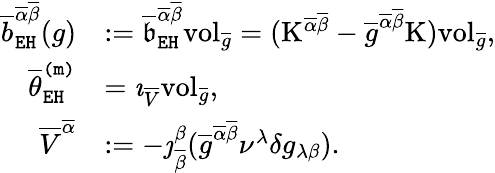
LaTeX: \begin{array}{rl}{\overline{{b}}_{\mathtt{EH}}^{\overline{{\alpha}}\overline{{\beta}}}(g)}&{:=\overline{{\mathfrak{b}}}_{\mathtt{EH}}^{\overline{{\alpha}}\overline{{\beta}}}\mathrm{vol}_{\overline{{g}}}=(\mathrm{K}^{\overline{{\alpha}}\overline{{\beta}}}-\overline{{g}}^{\overline{{\alpha}}\overline{{\beta}}}\mathrm{K})\mathrm{vol}_{\overline{{g}}},}\\ {\overline{{\theta}}_{\mathtt{EH}}^{\mathtt{(m)}}}&{=\imath_{\overline{{V}}}\mathrm{vol}_{\overline{{g}}},}\\ {\overline{{V}}^{\overline{{\alpha}}}}&{:=-\jmath_{\overline{{\beta}}}^{\beta}(\overline{{g}}^{\overline{{\alpha}}\overline{{\beta}}}\nu^{\lambda}\delta g_{\lambda\beta}).}\end{array}